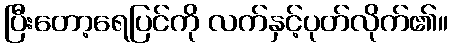
ပြီးတော့ရေပြင်ကို လက်နှင့်ပုတ်လိုက်၏။